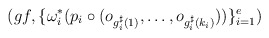
\begin{align*}(gf,\{\omega_i^*(p_i \circ (o_{g_i^{\sharp}(1)},\dots,o_{g_i^{\sharp}(k_i)}))\}_{i=1}^{e})\end{align*}